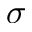
\sigma